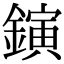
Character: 鏔